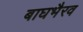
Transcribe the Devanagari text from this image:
बाघभैरव